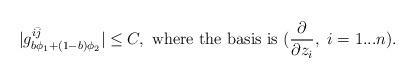
LaTeX: \begin{align*}|g^{i\bar{j}}_{b\phi_1+(1-b)\phi_2}|\leq C,\ \textrm{where the basis is}\ (\frac{\partial}{\partial z_i},\ i=1...n).\end{align*}